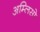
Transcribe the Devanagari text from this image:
अम्लिसो